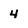
Character: 4